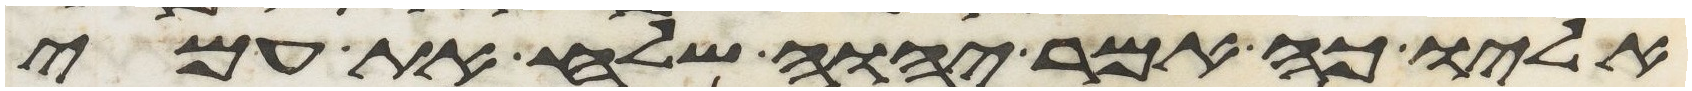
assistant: אליו כה אמר יהוה שלח את עמי